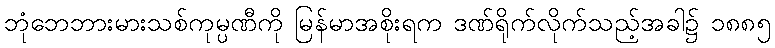
ဘုံဘေဘားမားသစ်ကုမ္ပဏီကို မြန်မာအစိုးရက ဒဏ်ရိုက်လိုက်သည့်အခါ၌ ၁၈၈၅